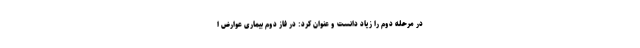
در مرحله دوم را زیاد دانست و عنوان کرد: در فاز دوم بیماری عوارض ا